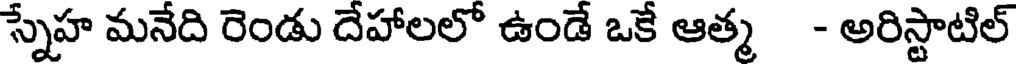
స్నేహ మనేది రెండు దేహాలలో ఉండే ఒకే ఆత్మ - అరిస్టాటిల్